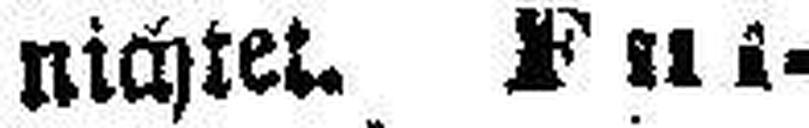
nichtet. Ful¬